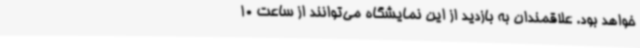
خواهد بود. علاقمندان به بازدید از این نمایشگاه می‌توانند از ساعت 10